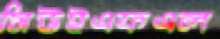
সিউইএফএল